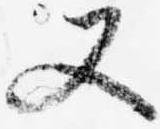
又